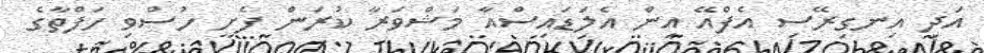
އަދި އިނގިރޭސި އެފްއޭ އިން އެލަޑައިސްއާ މަޝްވަރާ ކުރަން ފެށީ ހުސްވި ހަފްތާގެ